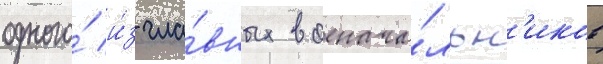
одного́ и́з гла́вных военача́льн'иков